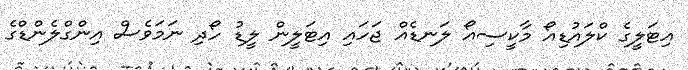
އިޓަލީގެ ކްލައުޑިއޯ މާކީސިއޯ ލަނޑެއް ޖަހައި އިޓަލީން ލީޑު ހޯދި ނަމަވެސް އިންގްލެންޑްގެ